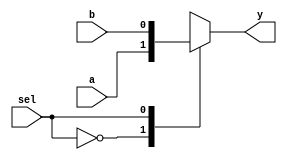
module mux2to1 (
    input wire a,      // First data input
    input wire b,      // Second data input
    input wire sel,    // Select signal
    output reg y       // Output
);

// Behavioral modeling using always block with continuous assignment
always @(*) begin
    case (sel)
        1'b0: y = a;    // If sel is 0, output a
        1'b1: y = b;    // If sel is 1, output b
        default: y = 1'b0; // Default case, output 0
    endcase
end

endmodule